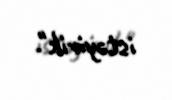
istəyirik".